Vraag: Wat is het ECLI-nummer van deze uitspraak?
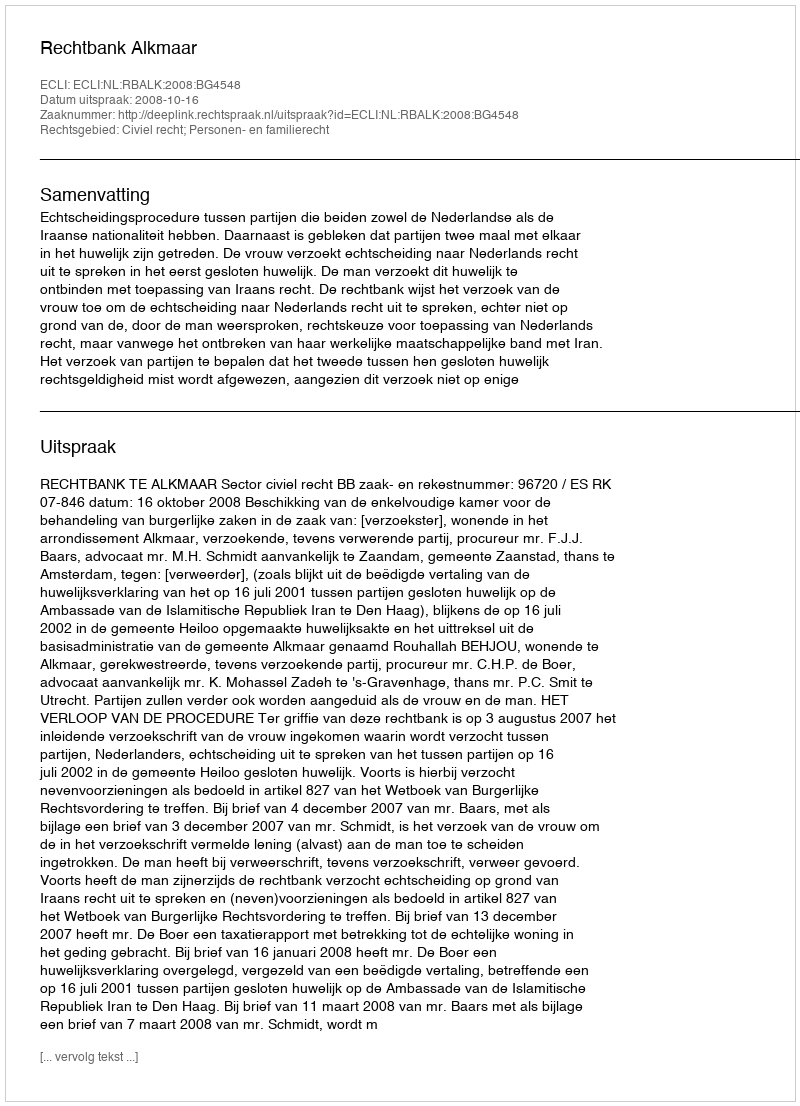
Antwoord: ECLI:NL:RBALK:2008:BG4548